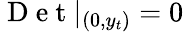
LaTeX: \mathrm{~D~e~t~}|_{(0,y_{t})}=0